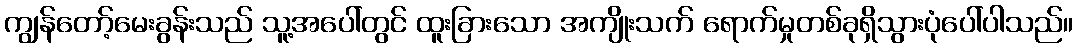
ကျွန်တော့်မေးခွန်းသည် သူ့အပေါ်တွင် ထူးခြားသော အကျိုးသက် ရောက်မှုတစ်ခုရှိသွားပုံပေါ်ပါသည်။